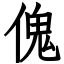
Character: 傀